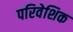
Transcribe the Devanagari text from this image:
परिवेशिक